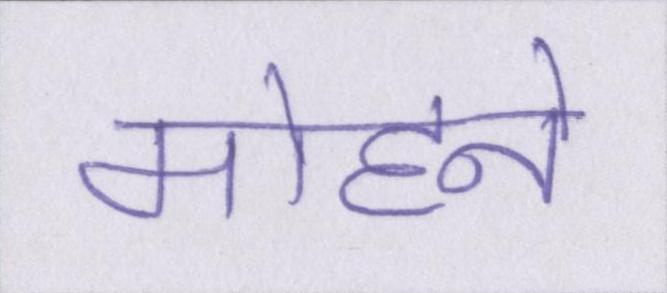
मोहने